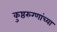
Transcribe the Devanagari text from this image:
कुष्ठरुग्णांच्या